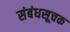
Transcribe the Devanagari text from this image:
संबंधसूचक